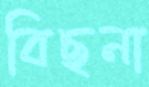
বিছনা